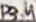
Text: P3.4